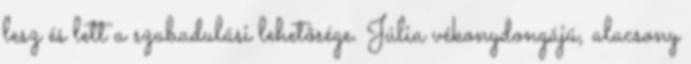
lesz és lett a szabadulási lehetõsége. Júlia vékonydongájú, alacsony